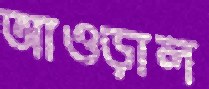
আওড়াল